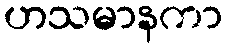
ဟသမာနကာ